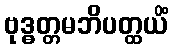
ဗုဒ္ဓတ္တမဘိပတ္ထယိံ